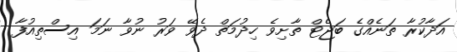
އަދާކުރާ ތަނެއްގެ ބަޖެޓް ތާށިވެ ހިދުމަތް ދެވޭ ވަރު ނުވާ ނަމަ އިސްތިއުފާ